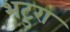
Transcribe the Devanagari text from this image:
भटुरा